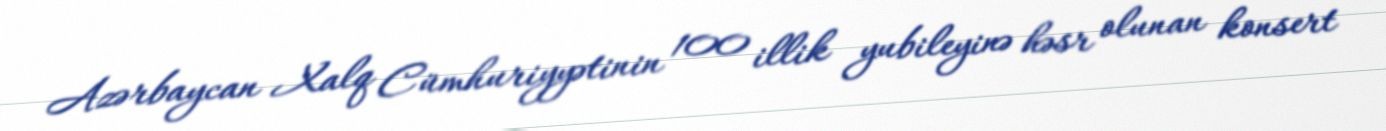
Azərbaycan Xalq Cümhuriyyətinin 100 illik yubileyinə həsr olunan konsert